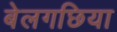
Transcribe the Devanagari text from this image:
बेलगछिया